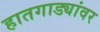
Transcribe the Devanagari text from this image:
हातगाड्यांवर